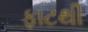
ફાટથી